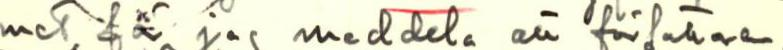
met för jag meddela än förfaltare